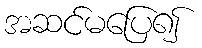
အဆင်မပြေ၍